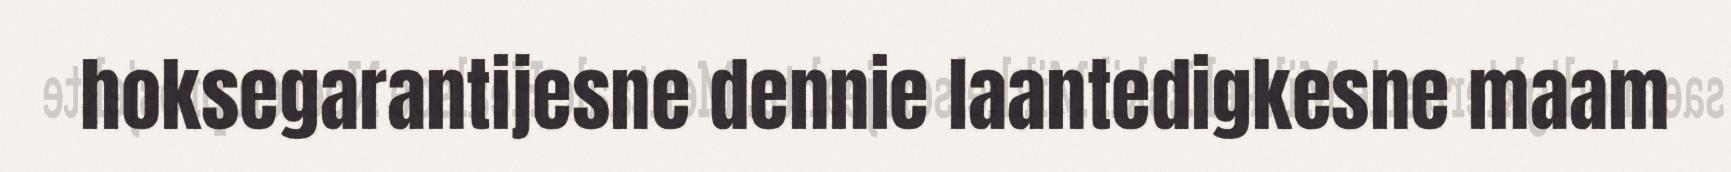
hoksegarantijesne dennie laantedigkesne maam